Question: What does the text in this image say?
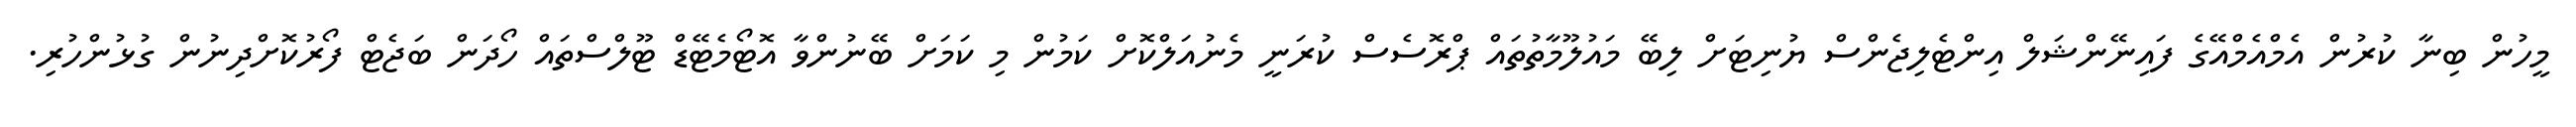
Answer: މީހުން ބިނާ ކުރުން އެމްއެމްއޭގެ ފައިނޭންޝަލް އިންޓެލިޖެންސް ޔުނިޓަށް ލިބޭ މައުލޫމާތުތައް ޕްރޮސެސް ކުރަނީ މެނުއަލްކޮށް ކަމުން މި ކަމަށް ބޭނުންވާ އޮޓޯމެޓޭޑް ޓޫލްސްތައް ހޯދަން ބަޖެޓް ފޯރުކޮށްދިނުން ގުޅުންހުރި.